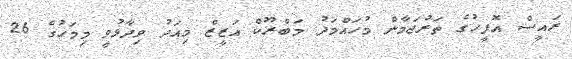
ރައީސް އޮފީހުގެ ތަރުޖަމާން މުހައްމަދު މަބްރޫކް އަޒީޒް މިއަދު ވިދާޅުވީ މިމަހުގެ 26